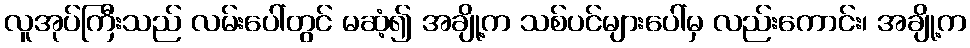
လူအုပ်ကြီးသည် လမ်းပေါ်တွင် မဆံ့၍ အချို့က သစ်ပင်များပေါ်မှ လည်းကောင်း၊ အချို့က